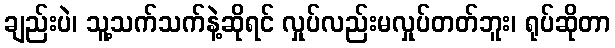
ချည်းပဲ၊ သူ့သက်သက်နဲ့ဆိုရင် လှုပ်လည်းမလှုပ်တတ်ဘူး၊ ရုပ်ဆိုတာ